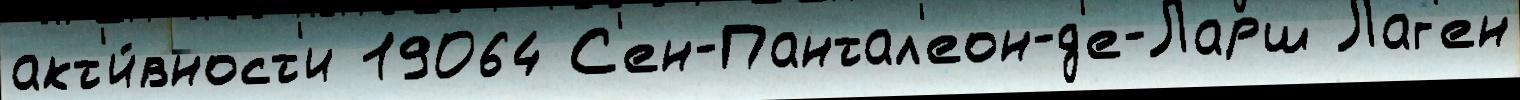
акт'и́вност'и 19064 С'ен-Пантал'еон-д'е-Ларш Лаг'ен